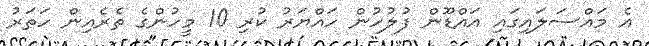
އެ މައްސަލައިގައި އައްޑޫން ފުލުހުން ހައްޔަރު ކުރި 10 މީހުންގެ ތެރެއިން ހަތަރު